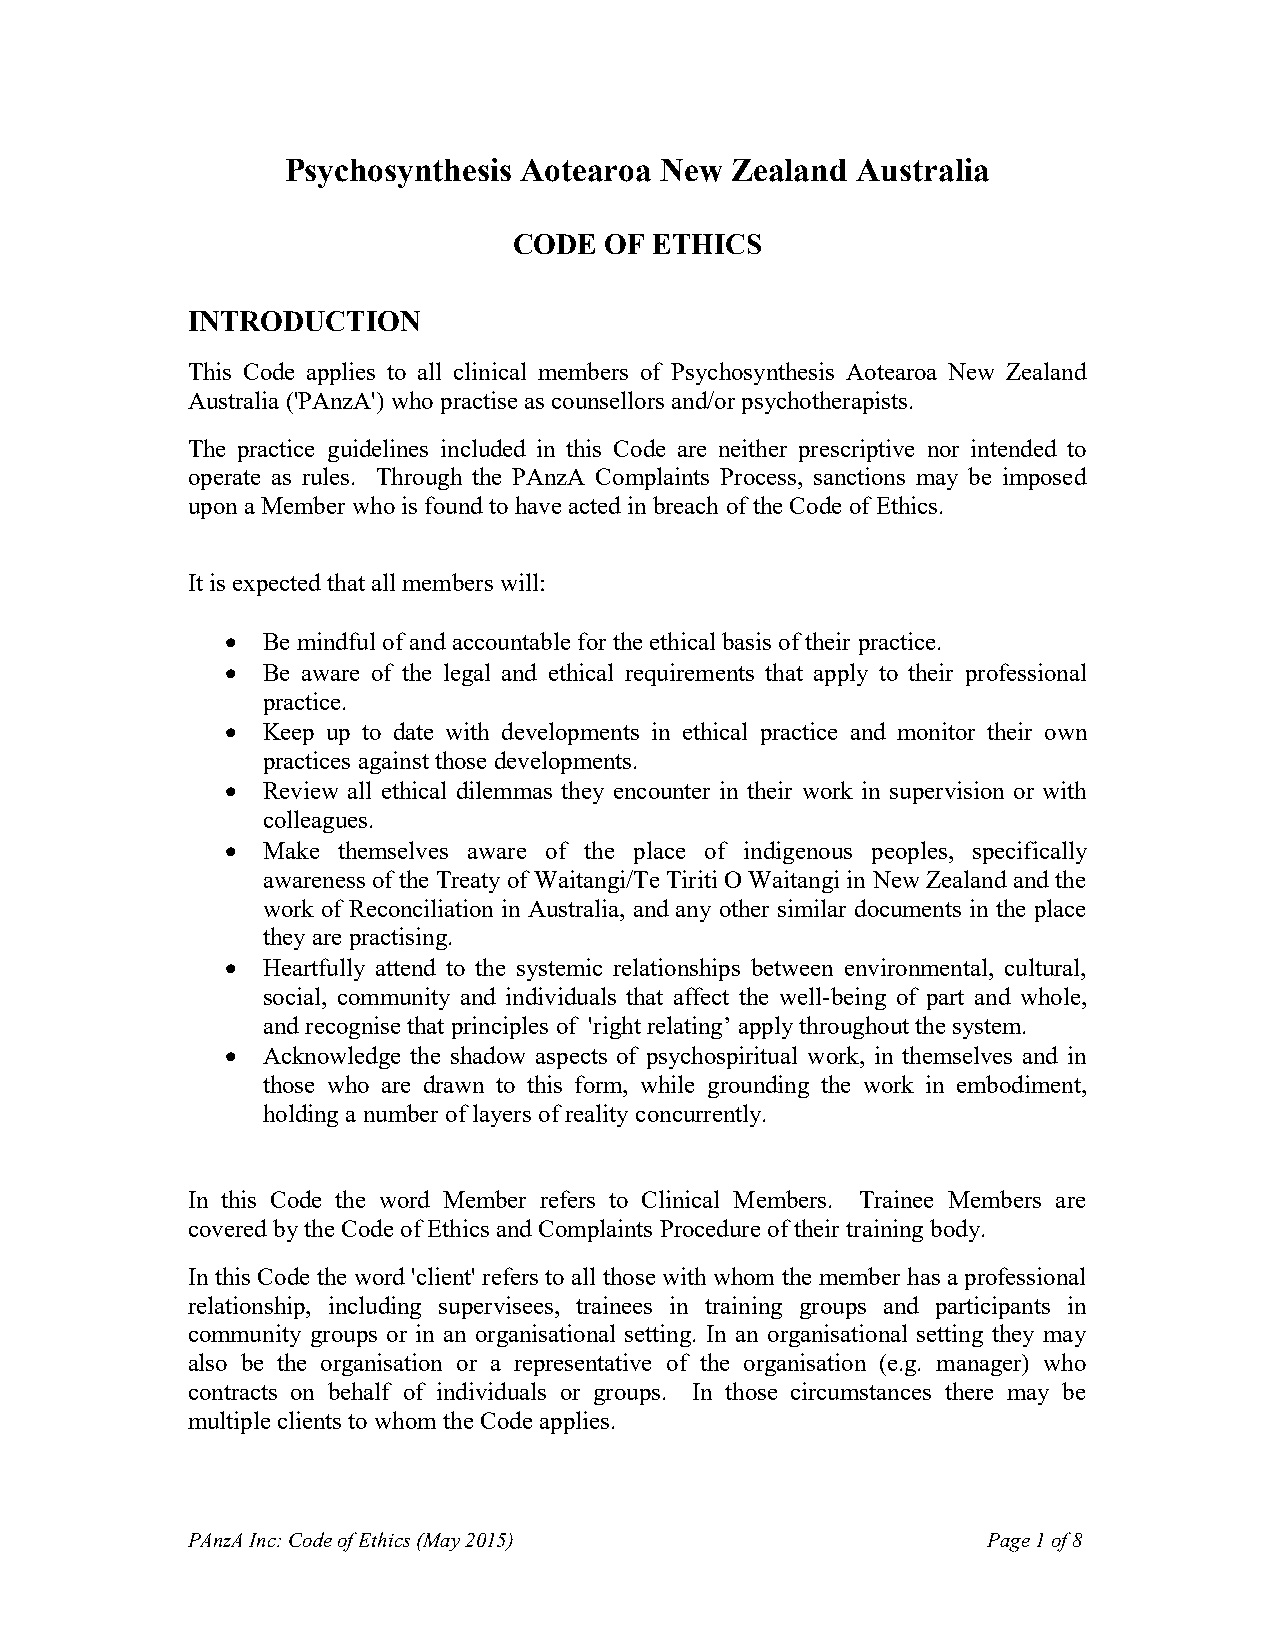
Psychosynthesis Aotearoa New Zealand  Australia
 CODE  OF ETHICS
 INTRODUCTION
 This Code applies to all clinical members of Psychosynthesis Aotearoa New Zealand
 Australia ('PAnzA') who practise as counsellors and/or psychotherapists.
 The practice guidelines included in this Code are neither prescriptive nor intended to
 operate as rules. Through the PAnzA Complaints Process, sanctions may be imposed
 upon a Member who is found to have acted in breach of the Code of Ethics.
 It is expected that all members will:
  Be mindful of and accountable for the ethical basis of their practice.
  Be aware of the legal and ethical requirements that apply to their professional
 practice.
  Keep up to date with developments in ethical practice and monitor their own
 practices against those developments.
  Review all ethical dilemmas they encounter in their work in supervision or with
 colleagues.
  Make themselves aware of the place of indigenous peoples, specifically
 awareness of the Treaty of Waitangi/Te Tiriti O Waitangi in New Zealand and the
 work of Reconciliation in Australia, and any other similar documents in the place
 they are practising.
  Heartfully attend to the systemic relationships between environmental, cultural,
 social, community and individuals that affect the well-being of part and whole,
 and recognise that principles of 'right relating’ apply throughout the system.
  Acknowledge the shadow aspects of psychospiritual work, in themselves and in
 those who are drawn to this form, while grounding the work in embodiment,
 holding a number of layers of reality concurrently.
 In this Code the word Member refers to Clinical Members. Trainee Members are
 covered by the Code of Ethics and Complaints Procedure of their training body.
 In this Code the word 'client' refers to all those with whom the member has a professional
 relationship, including supervisees, trainees in training groups and participants in
 community groups or in an organisational setting. In an organisational setting they may
 also be the organisation or a representative of the organisation (e.g. manager) who
 contracts on behalf of individuals or groups. In those circumstances there may be
 multiple clients to whom the Code applies.
 PAnzA Inc: Code of Ethics (May 2015)                 Page 1 of 8